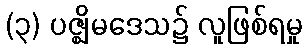
(၃) ပဇ္ဈိမဒေသ၌ လူဖြစ်ရမှု